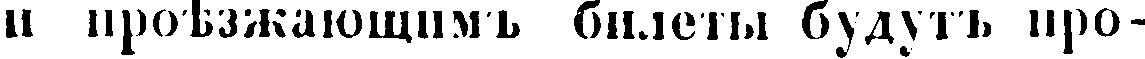
и проѣзжающимъ билеты будутъ про-